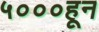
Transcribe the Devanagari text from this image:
५०००हून